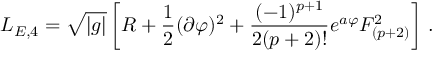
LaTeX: { \cal L } _ { E , 4 } = \sqrt { | g | } \left[ R + { \frac { 1 } { 2 } } ( \partial \varphi ) ^ { 2 } + { \frac { ( - 1 ) ^ { p + 1 } } { 2 ( p + 2 ) ! } } e ^ { a \varphi } F _ { ( p + 2 ) } ^ { 2 } \right] \, .